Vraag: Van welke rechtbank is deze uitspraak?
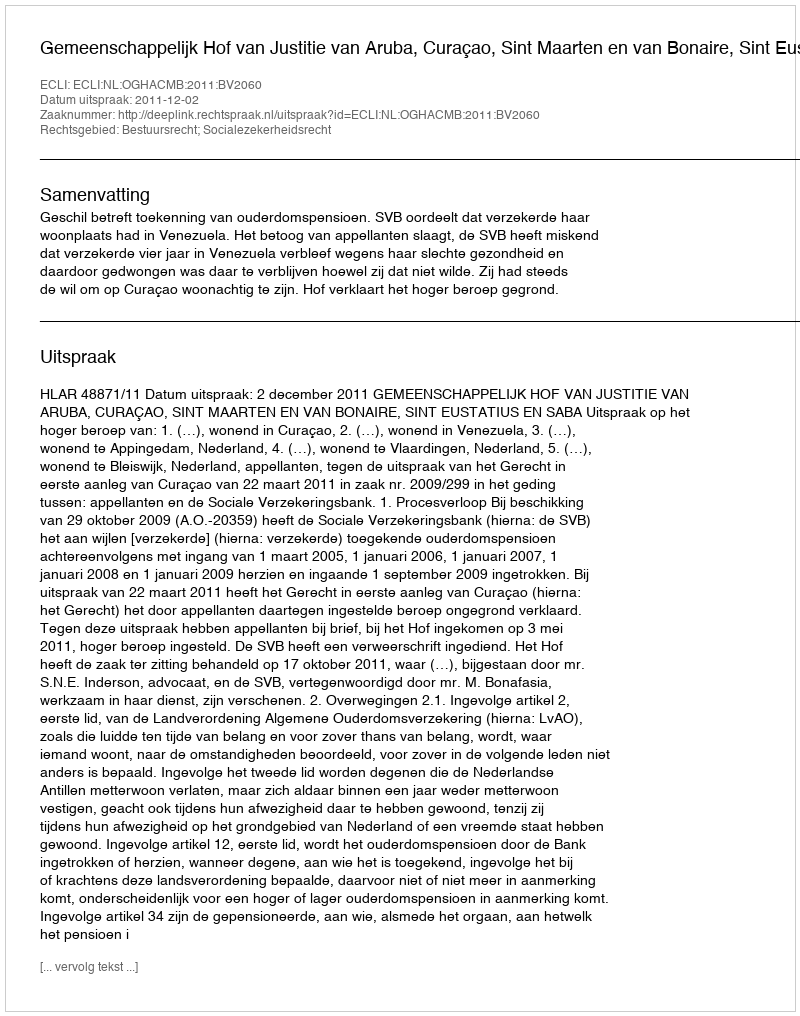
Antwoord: Gemeenschappelijk Hof van Justitie van Aruba, Curaçao, Sint Maarten en van Bonaire, Sint Eustatius en Saba